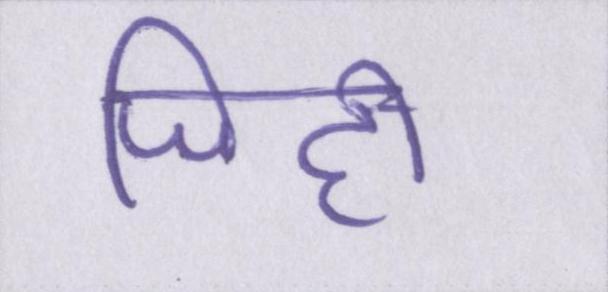
जिद्दी